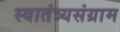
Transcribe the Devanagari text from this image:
स्वातंत्र्यसंग्राम